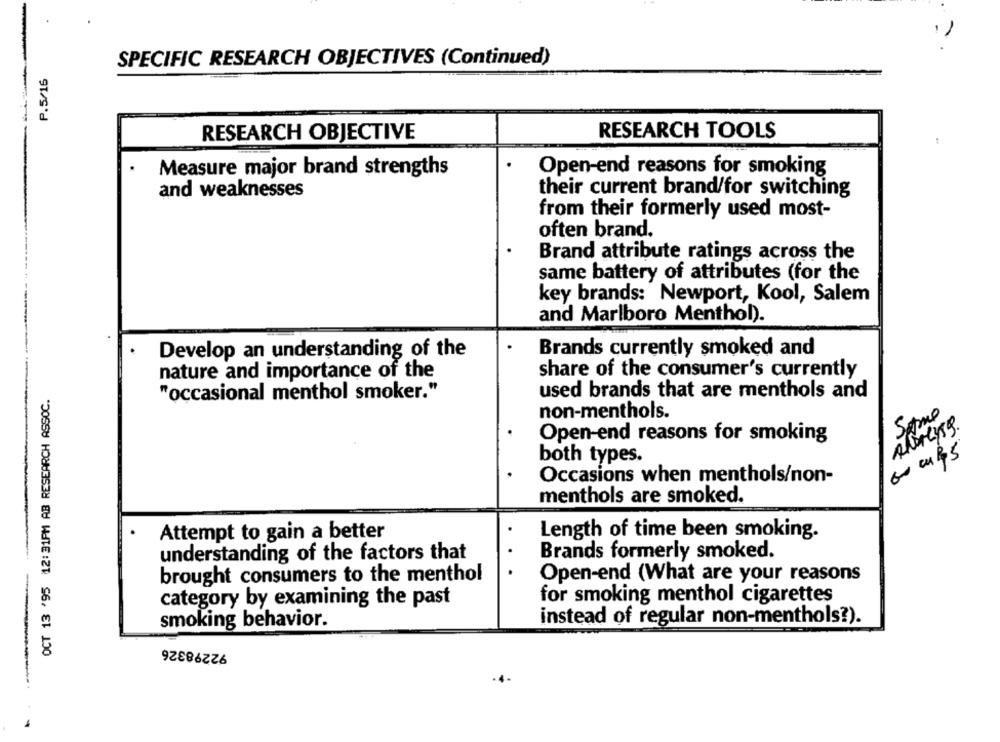
SPECIFIC RESEARCH OBJECTIVES (Continued)
P.5/16
RESEARCH TOOLS
RESEARCH OBJECTIVE
Measure major brand strengths
Open-end reasons for smoking
and weaknesses
their current brand/for switching
from their formerly used most-
often brand.
Brand attribute ratings across the
same battery of attributes (for the
key brands: Newport, Kool, Salem
and Marlboro Menthol).
Develop an understanding of the
Brands currently smoked and
nature and importance of the
share of the consumer's currently
OCT 13 '95 12:31PM AB RESEARCH ASSOC.
"occasional menthol smoker."
used brands that are menthols and
non-menthols.
Some
perlyss.
Open-end reasons for smoking
both types.
Occasions when menthols/non-
menthols are smoked.
Length of time been smoking.
Attempt to gain a better
understanding of the factors that
Brands formerly smoked.
brought consumers to the menthol
Open-end (What are your reasons
for smoking menthol cigarettes
category by examining the past
smoking behavior.
instead of regular non-menthols?).
-
92298326
-